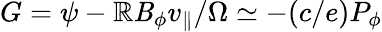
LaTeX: G=\psi-\mathbb{R}\mathit{B}_{\phi}v_{\| }/\Omega\simeq-(c/e)P_{\phi}